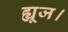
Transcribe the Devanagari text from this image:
ह्यूज।